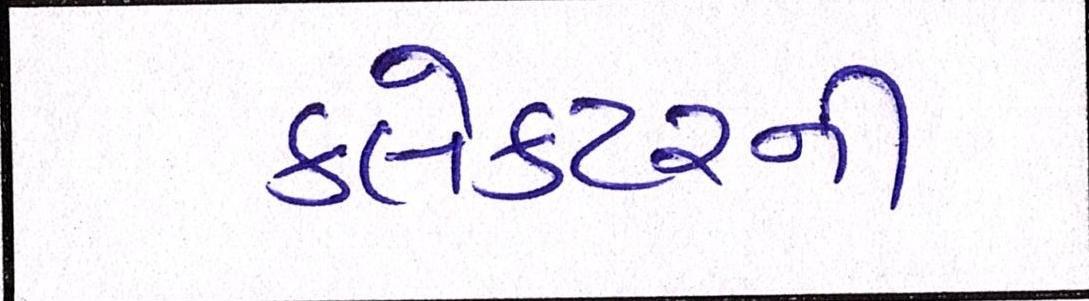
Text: કલેક્ટરની